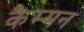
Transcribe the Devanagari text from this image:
कैम्मन